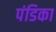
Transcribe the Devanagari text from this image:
पंडिका